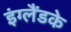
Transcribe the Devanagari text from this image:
इंग्लैंडके